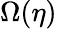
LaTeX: \Omega(\eta)